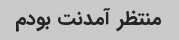
منتظر آمدنت بودم